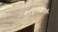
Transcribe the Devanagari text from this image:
वर्गमुळाइतकी